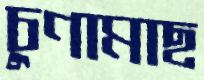
চুণামাছ